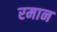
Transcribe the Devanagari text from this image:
रमान